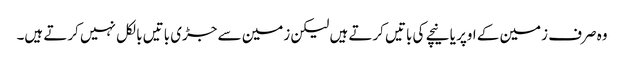
وہ صرف زمین کے اوپر یا نیچے کی باتیں کرتے ہیں لیکن زمین سے جڑی باتیں بالکل نہیں کرتے ہیں۔